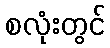
စလုံးတွင်